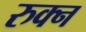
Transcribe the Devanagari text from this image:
रुक्न